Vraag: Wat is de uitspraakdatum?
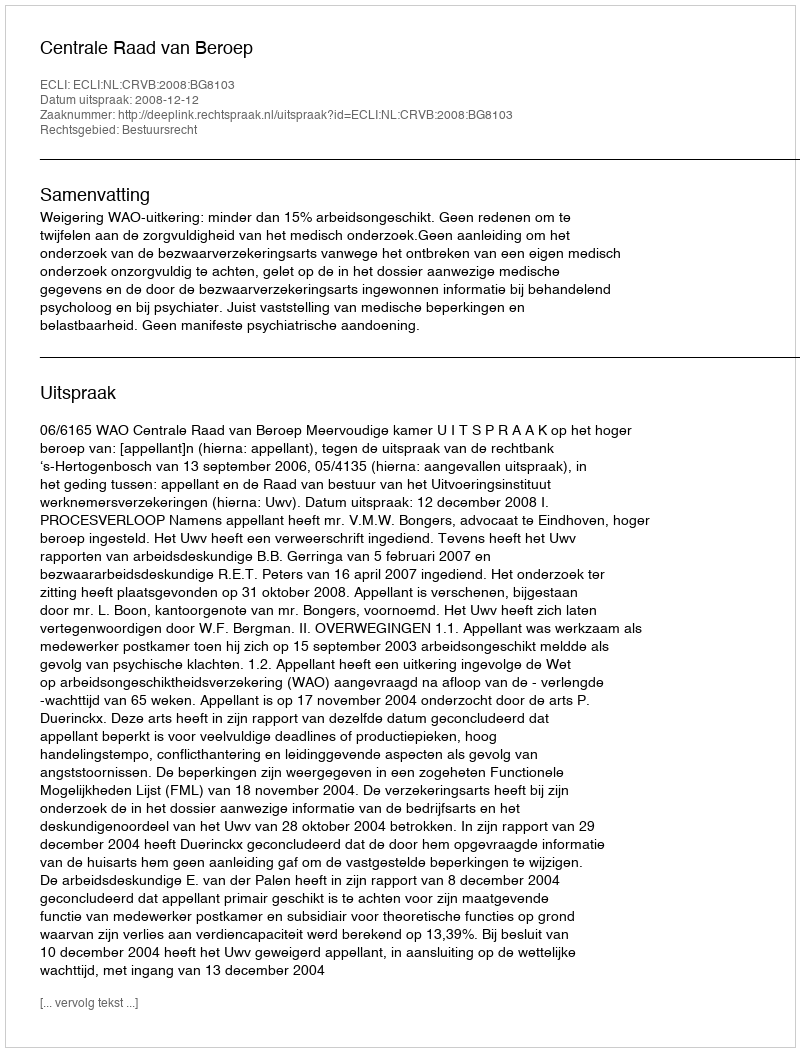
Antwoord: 2008-12-12